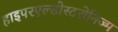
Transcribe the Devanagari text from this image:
हाइपरएल्डोस्टरोनिज्म